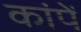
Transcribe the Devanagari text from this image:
कांपें